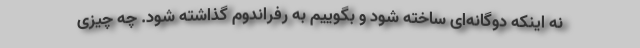
نه اینکه دوگانه‌ای ساخته شود و بگوییم به رفراندوم گذاشته شود. چه چیزی